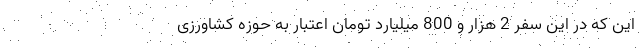
این که در این سفر 2 هزار و 800 میلیارد تومان اعتبار به حوزه کشاورزی